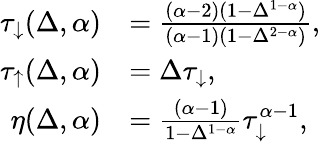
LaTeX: \begin{array}{rl}{\tau_{\downarrow}(\Delta,\alpha)}&{=\frac{(\alpha-2)(1-\Delta^{1-\alpha})}{(\alpha-1)(1-\Delta^{2-\alpha})},}\\ {\tau_{\uparrow}(\Delta,\alpha)}&{=\Delta\tau_{\downarrow},}\\ {\eta(\Delta,\alpha)}&{=\frac{(\alpha-1)}{1-\Delta^{1-\alpha}}\tau_{\downarrow}^{\alpha-1},}\end{array}